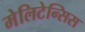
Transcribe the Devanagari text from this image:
मेलिटेन्सिस